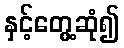
နှင့်တွေ့ဆုံ၍